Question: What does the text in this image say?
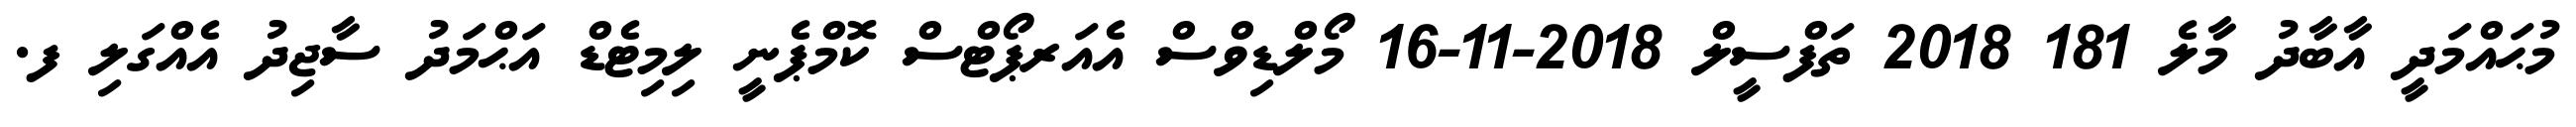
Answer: މުޙައްމަދީ އާބާދު މާލެ 181 2018 ތަފްސީލް 2018-11-16 މޯލްޑިވްސް އެއަރޕޯޓްސް ކޮމްޕެނީ ލިމިޓެޑް އަޙްމަދު ސާޖިދު އެއްގަލި ފ.